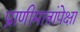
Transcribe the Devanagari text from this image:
प्राणीमात्रांपेक्षा